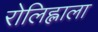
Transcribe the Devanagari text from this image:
रोलिह्लाला